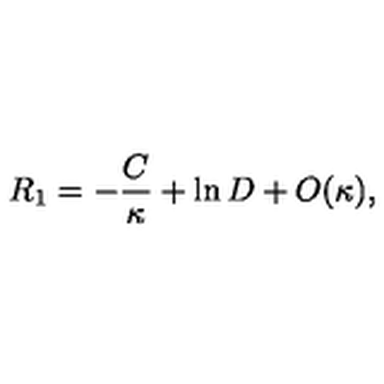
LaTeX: R _ { 1 } = - { \frac { C } { \kappa } } + \ln D + O ( \kappa ) ,